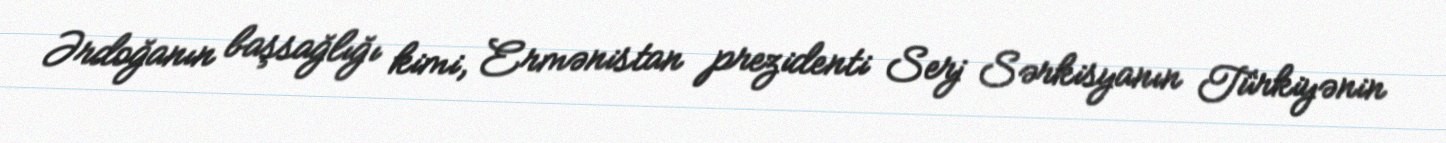
Ərdoğanın başsağlığı kimi, Ermənistan prezidenti Serj Sərkisyanın Türkiyənin